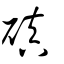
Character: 磌